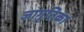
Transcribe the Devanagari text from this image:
जागृतिका